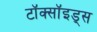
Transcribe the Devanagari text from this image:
टॉक्सॉइड्स